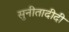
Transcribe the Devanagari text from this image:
सुनीतादीदी